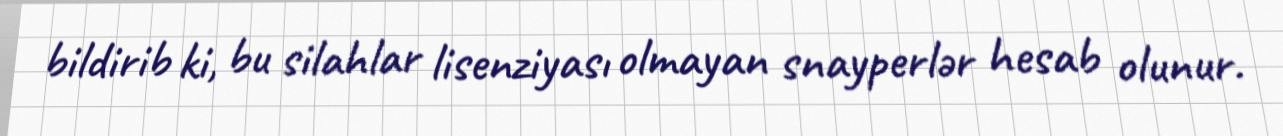
bildirib ki, bu silahlar lisenziyası olmayan snayperlər hesab olunur.